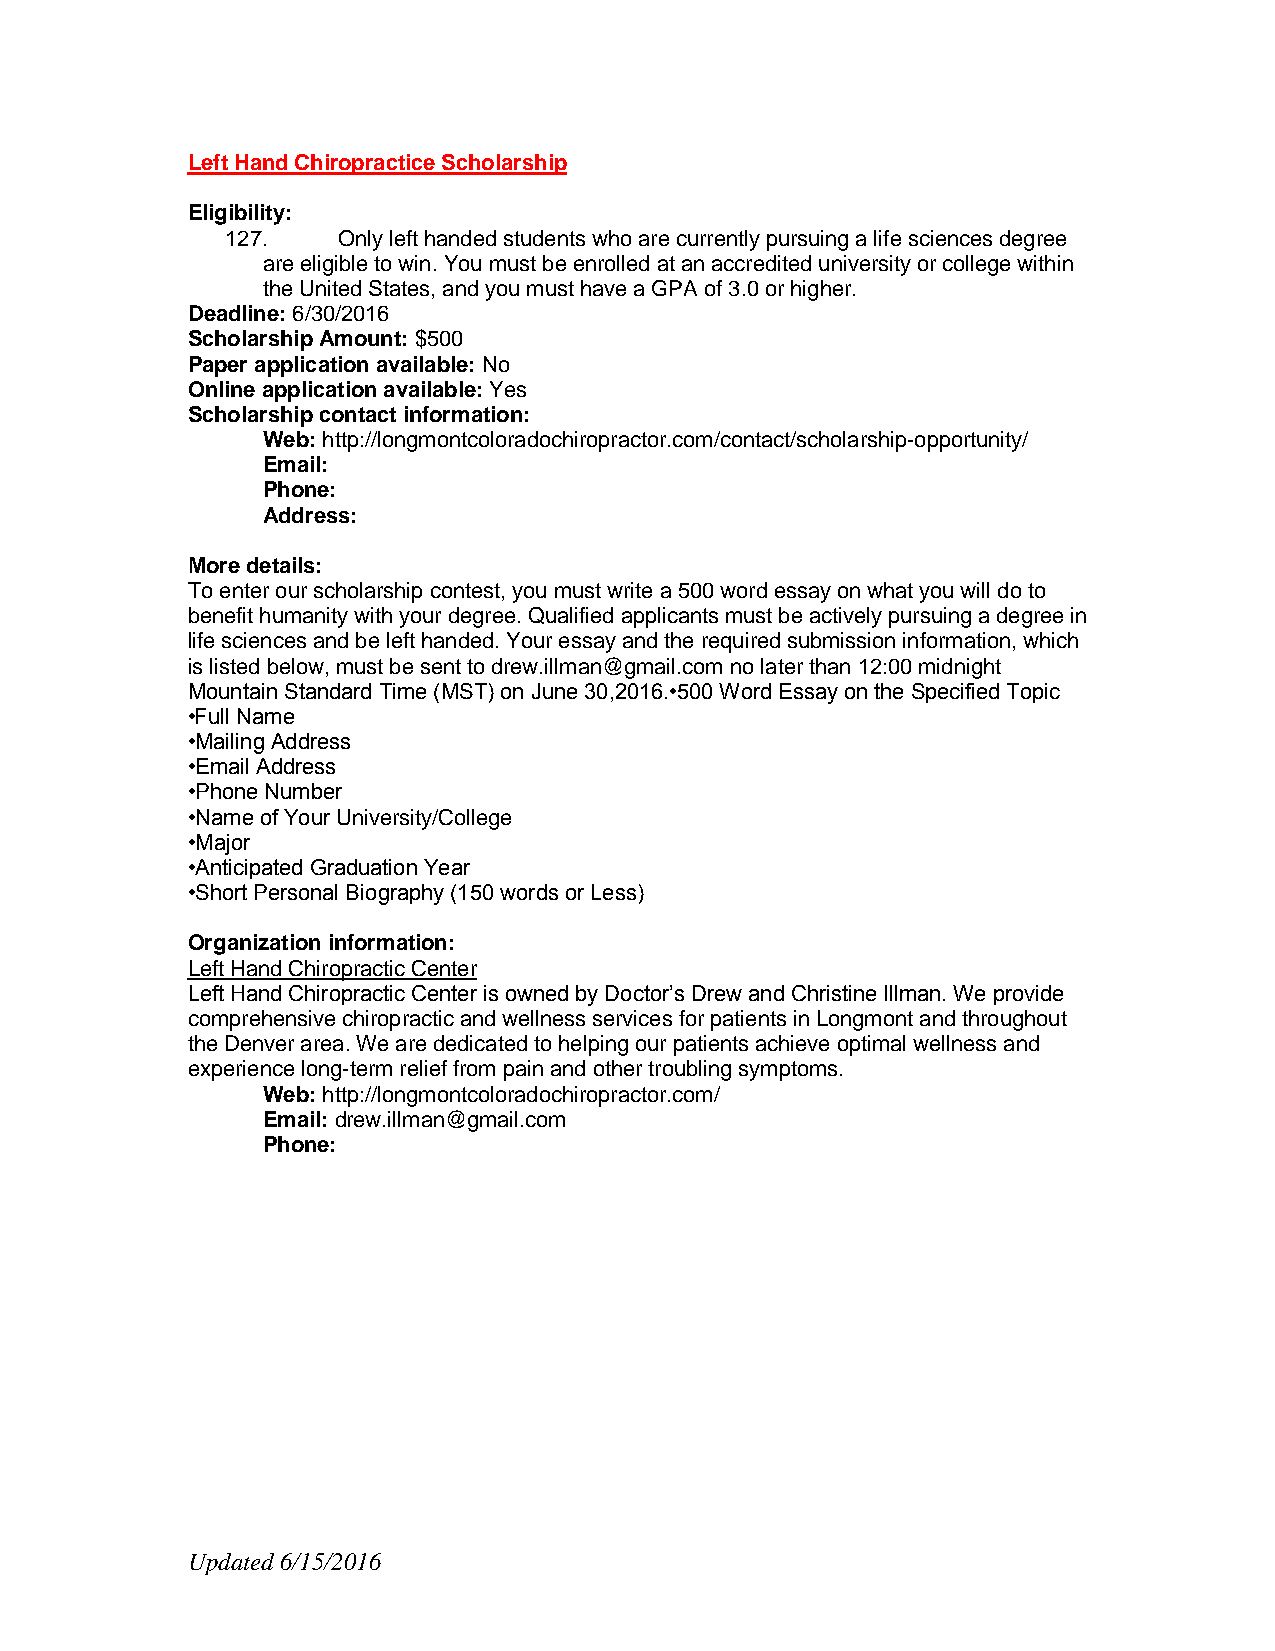
Left Hand Chiropractice Scholarship
 Eligibility:
 127.   Only left handed students who are currently pursuing a life sciences degree
 are eligible to win. You must be enrolled at an accredited university or college within
 the United States, and you must have a GPA of 3.0 or higher.
 Deadline: 6/30/2016
 Scholarship Amount: $500
 Paper application available: No
 Online application available: Yes
 Scholarship contact information:
 Web: http://longmontcoloradochiropractor.com/contact/scholarship-opportunity/
 Email:
 Phone:
 Address:
 More details:
 To enter our scholarship contest, you must write a 500 word essay on what you will do to
 benefit humanity with your degree. Qualified applicants must be actively pursuing a degree in
 life sciences and be left handed. Your essay and the required submission information, which
 is listed below, must be sent to drew.illman@gmail.com no later than 12:00 midnight
 Mountain Standard Time (MST) on June 30,2016.•500 Word Essay on the Specified Topic
 •Full Name
 •Mailing Address
 •Email Address
 •Phone Number
 •Name of Your University/College
 •Major
 •Anticipated Graduation Year
 •Short Personal Biography (150 words or Less)
 Organization information:
 Left Hand Chiropractic Center
 Left Hand Chiropractic Center is owned by Doctor’s Drew and Christine Illman. We provide
 comprehensive chiropractic and wellness services for patients in Longmont and throughout
 the Denver area. We are dedicated to helping our patients achieve optimal wellness and
 experience long-term relief from pain and other troubling symptoms.
 Web: http://longmontcoloradochiropractor.com/
 Email: drew.illman@gmail.com
 Phone:
 Updated 6/15/2016